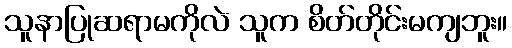
သူနာပြုဆရာမကိုလဲ သူက စိတ်တိုင်းမကျဘူး။